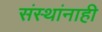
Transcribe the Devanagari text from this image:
संस्थांनाही